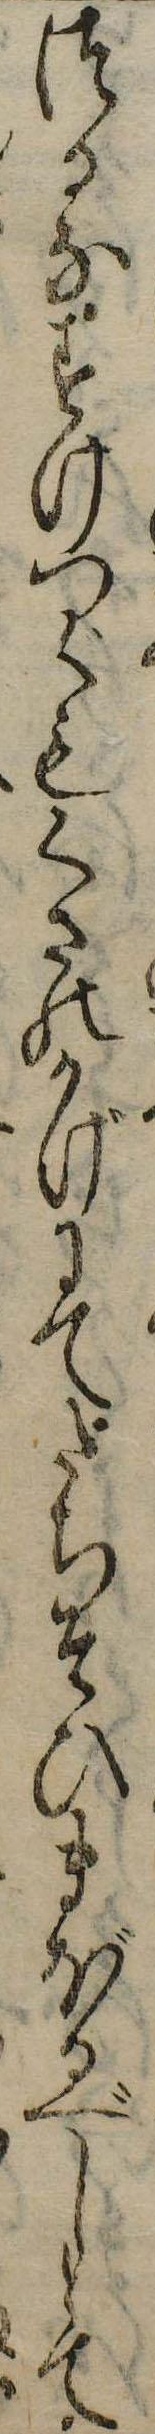
つるなすけつぐもくさのかげにてたちそひまぼるべしとて